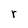
Character: r